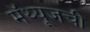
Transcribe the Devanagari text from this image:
मॅथ्यूजची